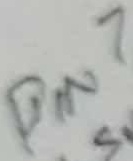
Text: PIN7